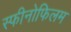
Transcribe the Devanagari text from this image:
स्फीनोफिलम